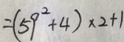
= ( 5 9 ^ { 2 } + 4 ) \times 2 + 1